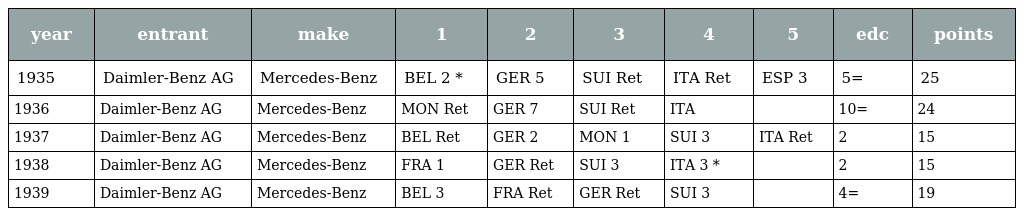
| year | entrant | make | 1 | 2 | 3 | 4 | 5 | edc | points |
 | --- | --- | --- | --- | --- | --- | --- | --- | --- | --- |
 | 1935 | Daimler-Benz AG | Mercedes-Benz | BEL 2 * | GER 5 | SUI Ret | ITA Ret | ESP 3 | 5= | 25 |
 | 1936 | Daimler-Benz AG | Mercedes-Benz | MON Ret | GER 7 | SUI Ret | ITA |  | 10= | 24 |
 | 1937 | Daimler-Benz AG | Mercedes-Benz | BEL Ret | GER 2 | MON 1 | SUI 3 | ITA Ret | 2 | 15 |
 | 1938 | Daimler-Benz AG | Mercedes-Benz | FRA 1 | GER Ret | SUI 3 | ITA 3 * |  | 2 | 15 |
 | 1939 | Daimler-Benz AG | Mercedes-Benz | BEL 3 | FRA Ret | GER Ret | SUI 3 |  | 4= | 19 |